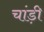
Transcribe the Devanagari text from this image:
चांड़ी